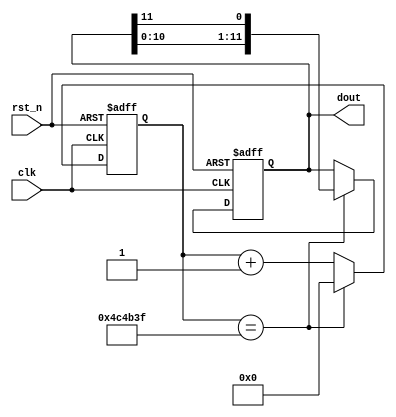
module water_led(
	clk ,
	rst_n ,
	dout
);

input clk ;
input rst_n ;
output[11:0] dout ;
reg [11:0] dout ;

parameter TIME_1S = 5_000_000 ;
reg[23:0] cnt_1s;
wire add_cnt_1s;
wire end_cnt_1s;

always @(posedge clk or negedge rst_n)begin
    if(!rst_n)begin
        cnt_1s <= 0;
    end
    else if(add_cnt_1s) begin
        if(end_cnt_1s) cnt_1s <= 0;
        else cnt_1s <= cnt_1s + 1;
    end
end

assign add_cnt_1s = 1 ;       
assign end_cnt_1s = add_cnt_1s && cnt_1s==TIME_1S-1 ; 



always@(posedge clk or negedge rst_n)begin
    if(rst_n==1'b0)begin
        dout<=12'h001;
    end
    else if(cnt_1s==TIME_1S-1) begin
        dout<={dout[10:0],dout[11] };
    end
end


endmodule